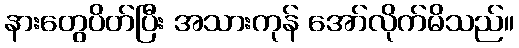
နားတွေပိတ်ပြီး အသားကုန် အော်လိုက်မိသည်။